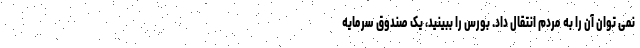
نمی توان آن را به مردم انتقال داد. بورس را ببینید، یک صندوق سرمایه